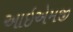
આઇએમજી